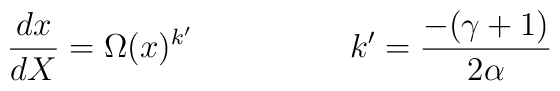
\frac{dx}{dX}=\Omega(x)^{k'}        \hspace{2cm}  k'=\frac{-(\gamma+1)}{2\alpha}